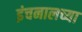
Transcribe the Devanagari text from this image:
इंचनालच्या